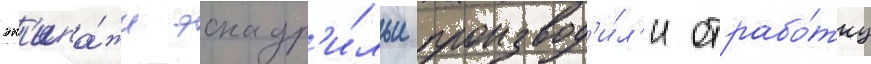
эк'ипа́жи эскадр'и́льи производ'и́л'и отрабо́тку